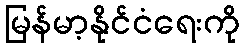
မြန်မာ့နိုင်ငံရေးကို